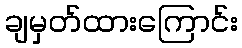
ချမှတ်ထားကြောင်း